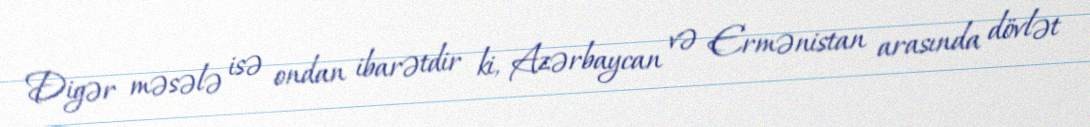
Digər məsələ isə ondan ibarətdir ki, Azərbaycan və Ermənistan arasında dövlət